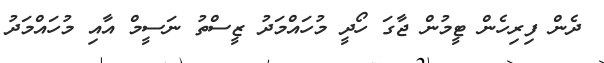
ދެން ފިިރިހެން ޓީމުން ޖާގަ ހޯދީ މުހައްމަދު ޒީސްތު ނަސީމް އާއި މުހައްމަދު